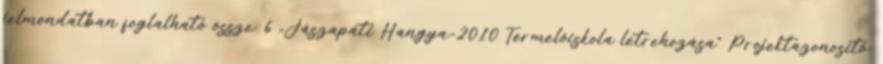
jelmondatban foglalható össze. 6 „Jászapáti Hangya-2010 Termelőiskola létrehozása” Projektazonosító: